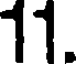
11.